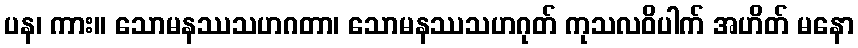
ပန၊ ကား။ သောမနဿသဟဂတာ၊ သောမနဿသဟဂုတ် ကုသလဝိပါက် အဟိတ် မနော